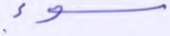
سوء